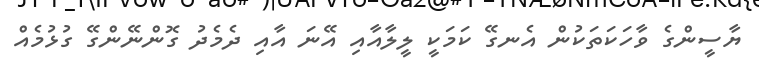
ޔާސީންގެ ވާހަކަތަކުން އެނގޭ ކަމަކީ ލީލާއާއި އޭނަ އާއި ދެމެދު ގޮންނޭންގޭ ގުޅުމެއް